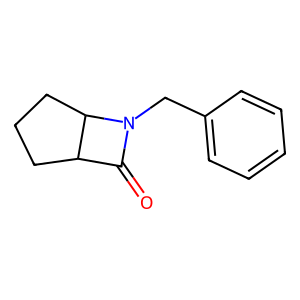
SMILES: O=C1C2CCCC2N1Cc1ccccc1
Inhibits HIV replication: No